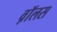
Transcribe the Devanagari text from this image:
व़ाॅलस